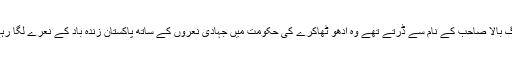
جو لوگ بالا صاحب کے نام سے ڈرتے تھے وہ ادھو ٹھاکرے کی حکومت میں جہادی نعروں کے ساتھ پاکستان زندہ باد کے نعرے لگا رہے ہیں۔